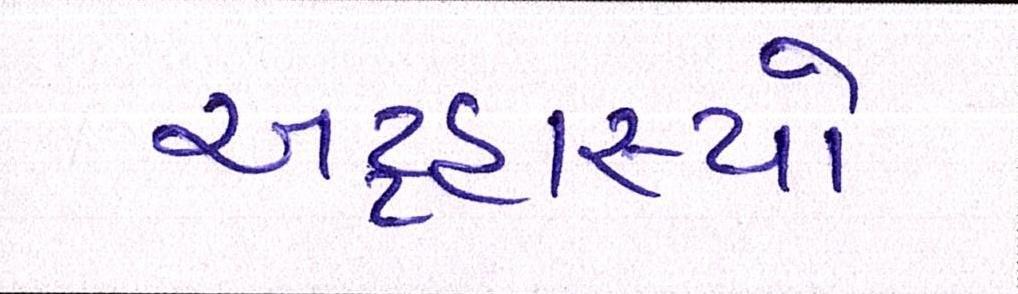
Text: અટ્ટહાસ્યો